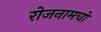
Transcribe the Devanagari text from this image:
रोजनामचों